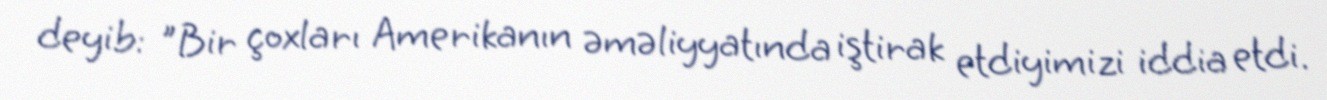
deyib: "Bir çoxları Amerikanın əməliyyatında iştirak etdiyimizi iddia etdi.